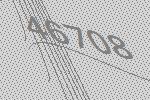
46708